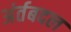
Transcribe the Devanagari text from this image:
अंर्तबदल